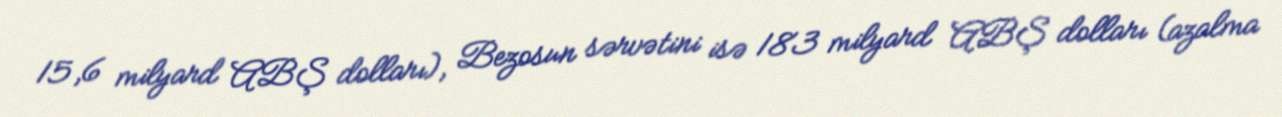
15,6 milyard ABŞ dolları), Bezosun sərvətini isə 183 milyard ABŞ dolları (azalma